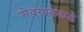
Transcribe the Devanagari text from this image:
शेवगावकडे